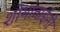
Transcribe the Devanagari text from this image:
शोभाताईंनी